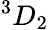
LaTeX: ^{3}{D}_{2}